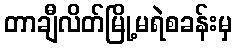
တာချီလိတ်မြို့မရဲစခန်းမှ